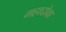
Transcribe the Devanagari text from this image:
महादोवा